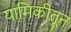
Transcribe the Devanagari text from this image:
यामिकीतून